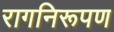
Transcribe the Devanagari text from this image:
रागनिरूपण